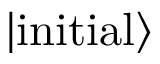
| \mathrm { i n i t i a l } \rangle